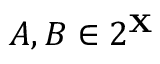
A , B \in 2 ^ { \mathbf { X } }